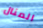
المنال